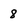
Character: 8